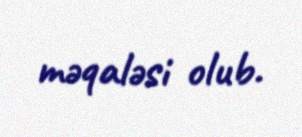
məqaləsi olub.